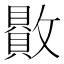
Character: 贁